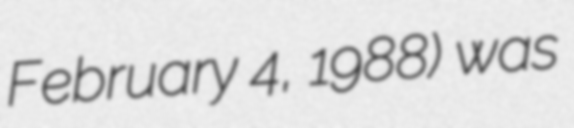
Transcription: February 4, 1988) was